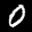
Label: 0